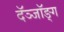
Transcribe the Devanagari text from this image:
दॅञ्जॉङ्ग